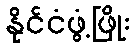
နိုင်ငံဖွံ့ဖြိုး